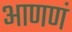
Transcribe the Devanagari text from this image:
आणणं